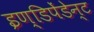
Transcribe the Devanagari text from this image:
इण्डिपेंडेन्ट